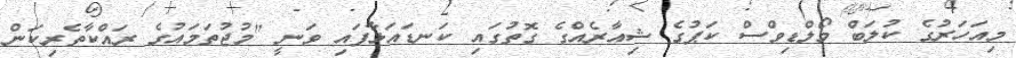
މިއަހަރުގެ ކުލަބް މޯލްޑިވްސް ކަޕުގެ ޝިއާރެއްގެ ގޮތުގައި ކަނޑައަޅާފައި ވަނީ "މުޖުތަމައުގެ ރައްކާތެރިކަން